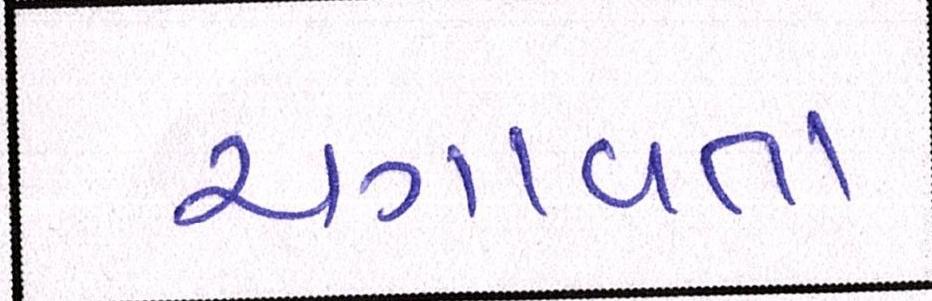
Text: ચગાવતા